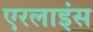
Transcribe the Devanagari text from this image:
एरलाइंस